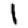
Digit: 1